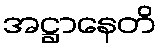
အဋ္ဌာနေတိ